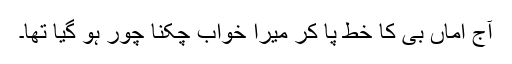
آج اماں بی کا خط پا کر میرا خواب چکنا چور ہو گیا تھا۔